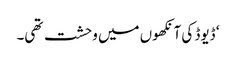
‘ ڈیوڈ کی آنکھوں میں وحشت تھی۔